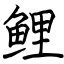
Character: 鲤